system: You are a helpful assistant.
user:
Analyze the provided spectrum to determine if it is a **"Cataclysmic Variables (CV)"**.

- **Key Indicators for CV (Check for either state):**
    - **State 1: Quiescent / Low-State (Emission-Dominated)**
        - **(Primary):** Strong and *very broad* Hydrogen Balmer emission lines (e.g., $H\alpha$ at 6563 Å, $H\beta$ at 4861 Å). The 'broadness' (high velocity dispersion, often FWHM > 1000 km/s) is the key diagnostic, indicating a high-velocity accretion disk.
        - **(Secondary):** Broad neutral Helium (He I) emission lines (e.g., 5876 Å, 6678 Å).
        - **(Key Confirmation):** Presence of high-excitation *ionized* Helium (He II) emission at 4686 Å. This is a strong indicator of accretion onto a white dwarf.
        - **(Line Profile):** Emission lines may exhibit a 'double-peaked' profile, which is a classic signature of a rotating accretion disk viewed at high inclination.

    - **State 2: Outburst / High-State (Absorption-Dominated)**
        - **(Primary):** Spectrum is dominated by a bright, blue continuum (looks like a hot star).
        - **(Secondary):** The emission lines from State 1 are weak, absent, or 'filled in', and are replaced by broad, shallow *absorption* lines (primarily Balmer and He I).
        - **(Morphology):** The overall spectrum mimics a hot B/A-type star. The crucial difference is that the absorption lines are significantly broader, shallower, and more 'washed-out' (or 'smeared') than the sharp lines of a normal stellar photosphere, due to high rotational speeds and pressure broadening in the disk.

Think first, call **spectral_visualization_tool** if needed to examine features in detail, then provide your final answer. Your response must adhere to the following strict rules:
1.  **Overall Structure:** Your response must follow the format `<think>...</think> <tool_call>...</tool_call> (if a tool is used) <answer>...</answer>`.
2.  **Tool Usage Constraint:** You may only make **one** tool call per turn.
3.  **Final Answer Format:** In the `<answer>` tag, your conclusion must be inside a `\boxed{}` command (e.g., `\boxed{YES}`), followed by your justification.

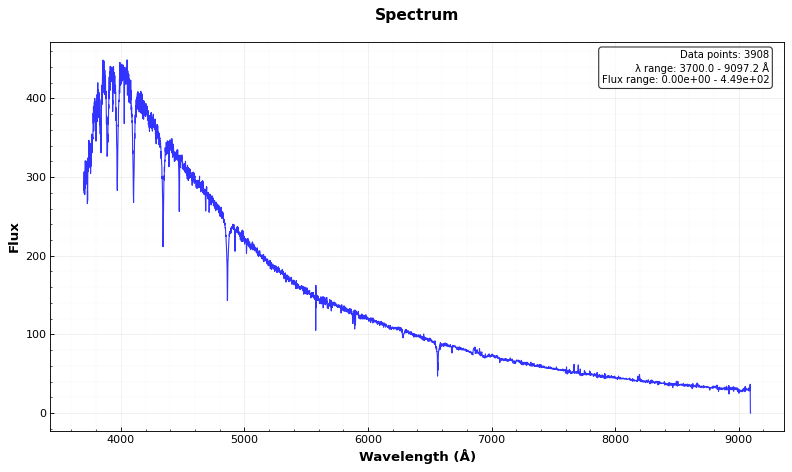
Answer: NO